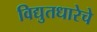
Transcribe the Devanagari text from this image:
विद्युतधारेचे